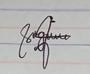
Signature authenticity: genuine